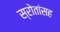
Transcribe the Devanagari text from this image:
स्रोतांसह